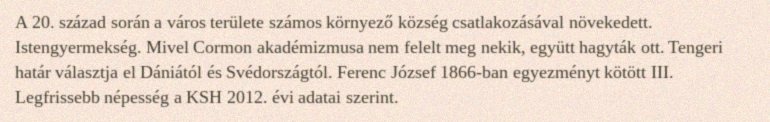
A 20. század során a város területe számos környező község csatlakozásával növekedett. Istengyermekség. Mivel Cormon akadémizmusa nem felelt meg nekik, együtt hagyták ott. Tengeri határ választja el Dániától és Svédországtól. Ferenc József 1866-ban egyezményt kötött III. Legfrissebb népesség a KSH 2012. évi adatai szerint.